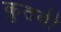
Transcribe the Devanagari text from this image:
क़ुतबी